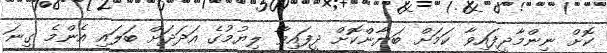
ކޮށް ނިންމާދީފައިވާ ކަމަށް ބަޔާންކޮށް ދީފައިވާ ލިޔުމުގެ އަދަދަށް ބަލައި އެންމެ ގިނަ